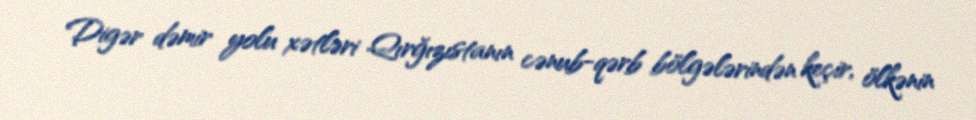
Digər dəmir yolu xətləri Qırğızıstanın cənub-qərb bölgələrindən keçir, ölkənin